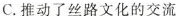
C.推动了丝路文化的交流